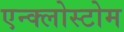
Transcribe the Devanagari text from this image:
एन्क्लोस्टोम